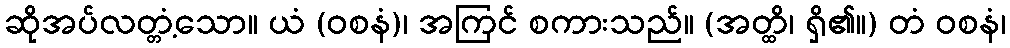
ဆိုအပ်လတ္တံ့သော။ ယံ (ဝစနံ)၊ အကြင် စကားသည်။ (အတ္ထိ၊ ရှိ၏။) တံ ဝစနံ၊